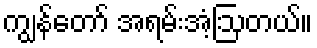
ကျွန်တော် အရမ်းအံ့ဩတယ်။